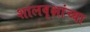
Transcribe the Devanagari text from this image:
शालवृक्षांच्या